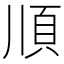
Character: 𩑎